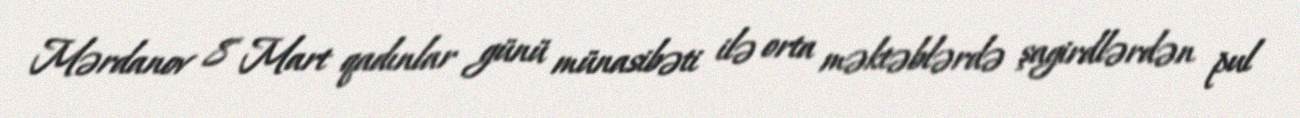
Mərdanov 8 Mart qadınlar günü münasibəti ilə orta məktəblərdə şagirdlərdən pul